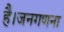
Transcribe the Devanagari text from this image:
है।जनगणना